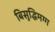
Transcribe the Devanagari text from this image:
बिसुद्धिमग्ग